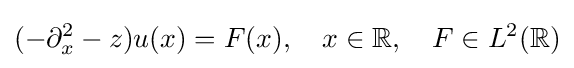
(-\partial _{x}^{2}-z)u(x)=F(x),\quad x\in \mathbb {R} ,\quad F\in L^{2}(\mathbb {R} )